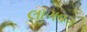
લાગવગ